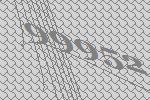
99952